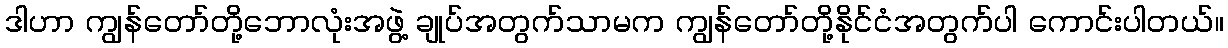
ဒါဟာ ကျွန်တော်တို့ဘောလုံးအဖွဲ့ ချုပ်အတွက်သာမက ကျွန်တော်တို့နိုင်ငံအတွက်ပါ ကောင်းပါတယ်။